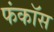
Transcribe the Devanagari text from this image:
फंकॉस